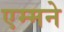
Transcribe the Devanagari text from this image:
एम्मने